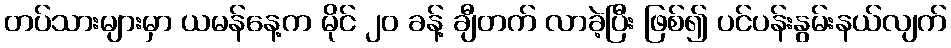
တပ်သားများမှာ ယမန်နေ့က မိုင် ၂၀ ခန့် ချီတက် လာခဲ့ပြီး ဖြစ်၍ ပင်ပန်းနွမ်းနယ်လျက်